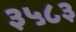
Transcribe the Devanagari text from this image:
३५८३